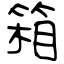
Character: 箱